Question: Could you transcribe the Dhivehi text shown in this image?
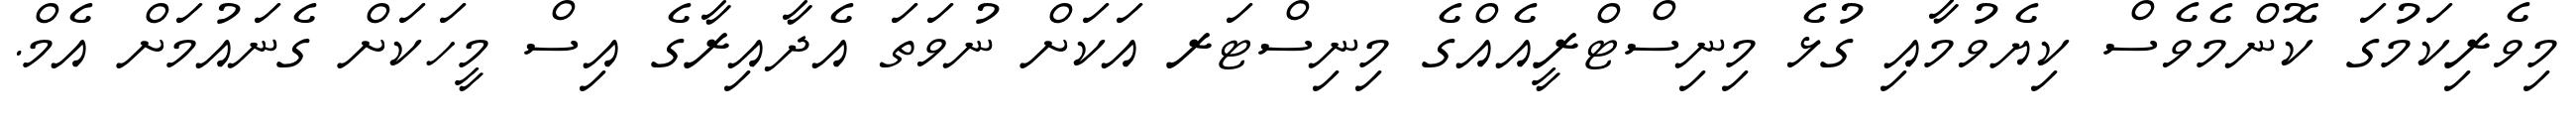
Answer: މިވެރިކަމުގަ ކޮންމެވެސް ކިޔެވުމާއި ގުޅެ މިނިސްޓްރީއެއްގެ މިނިސްޓަރ އަކަށް ނުވަތަ އެދާއިރާގެ އިސް މީހަކަށް ގެނައުމަށް އެމް.